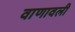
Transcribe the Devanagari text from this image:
वाणावली